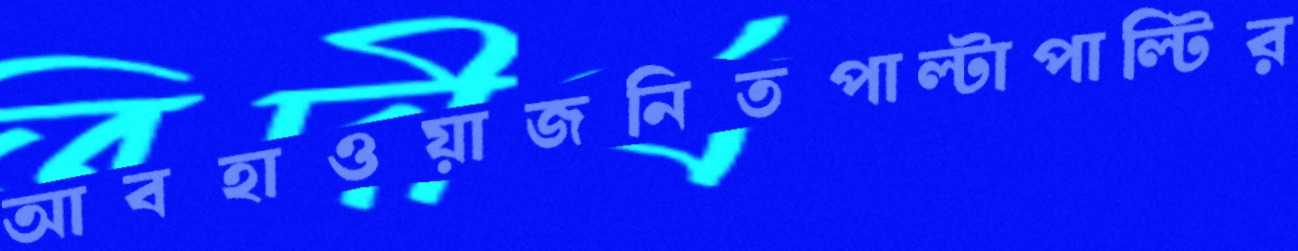
আবহাওয়াজনিতপাল্টাপাল্টির